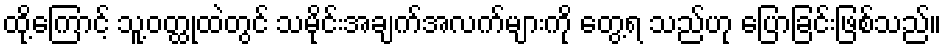
ထို့ကြောင့် သူ့ဝတ္ထုထဲတွင် သမိုင်းအချက်အလက်များကို တွေ့ရ သည်ဟု ပြောခြင်းဖြစ်သည်။